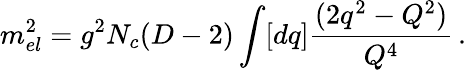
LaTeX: m_{el}^{2}=g^{2}N_{c}(D-2)\int[dq]{\frac{(2q^{2}-Q^{2})}{Q^{4}}}\, .